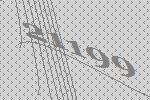
21199